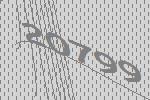
20799